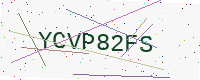
Text: YCVP82FS